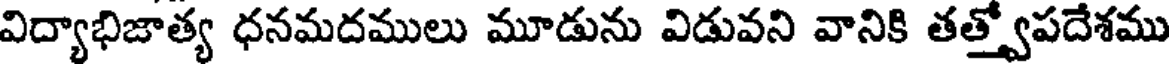
విద్యాభిజాత్య ధనమదములు మూడును విడువని వానికి తత్త్వోపదేశము